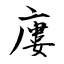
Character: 廔